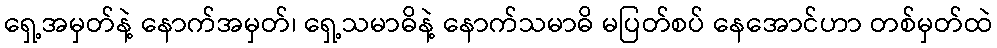
ရှေ့အမှတ်နဲ့ နောက်အမှတ်၊ ရှေ့သမာဓိနဲ့ နောက်သမာဓိ မပြတ်စပ် နေအောင်ဟာ တစ်မှတ်ထဲ